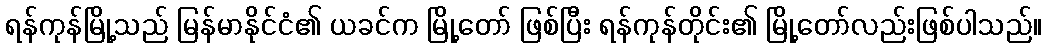
ရန်ကုန်မြို့သည် မြန်မာနိုင်ငံ၏ ယခင်က မြို့တော် ဖြစ်ပြီး ရန်ကုန်တိုင်း၏ မြို့တော်လည်းဖြစ်ပါသည်။